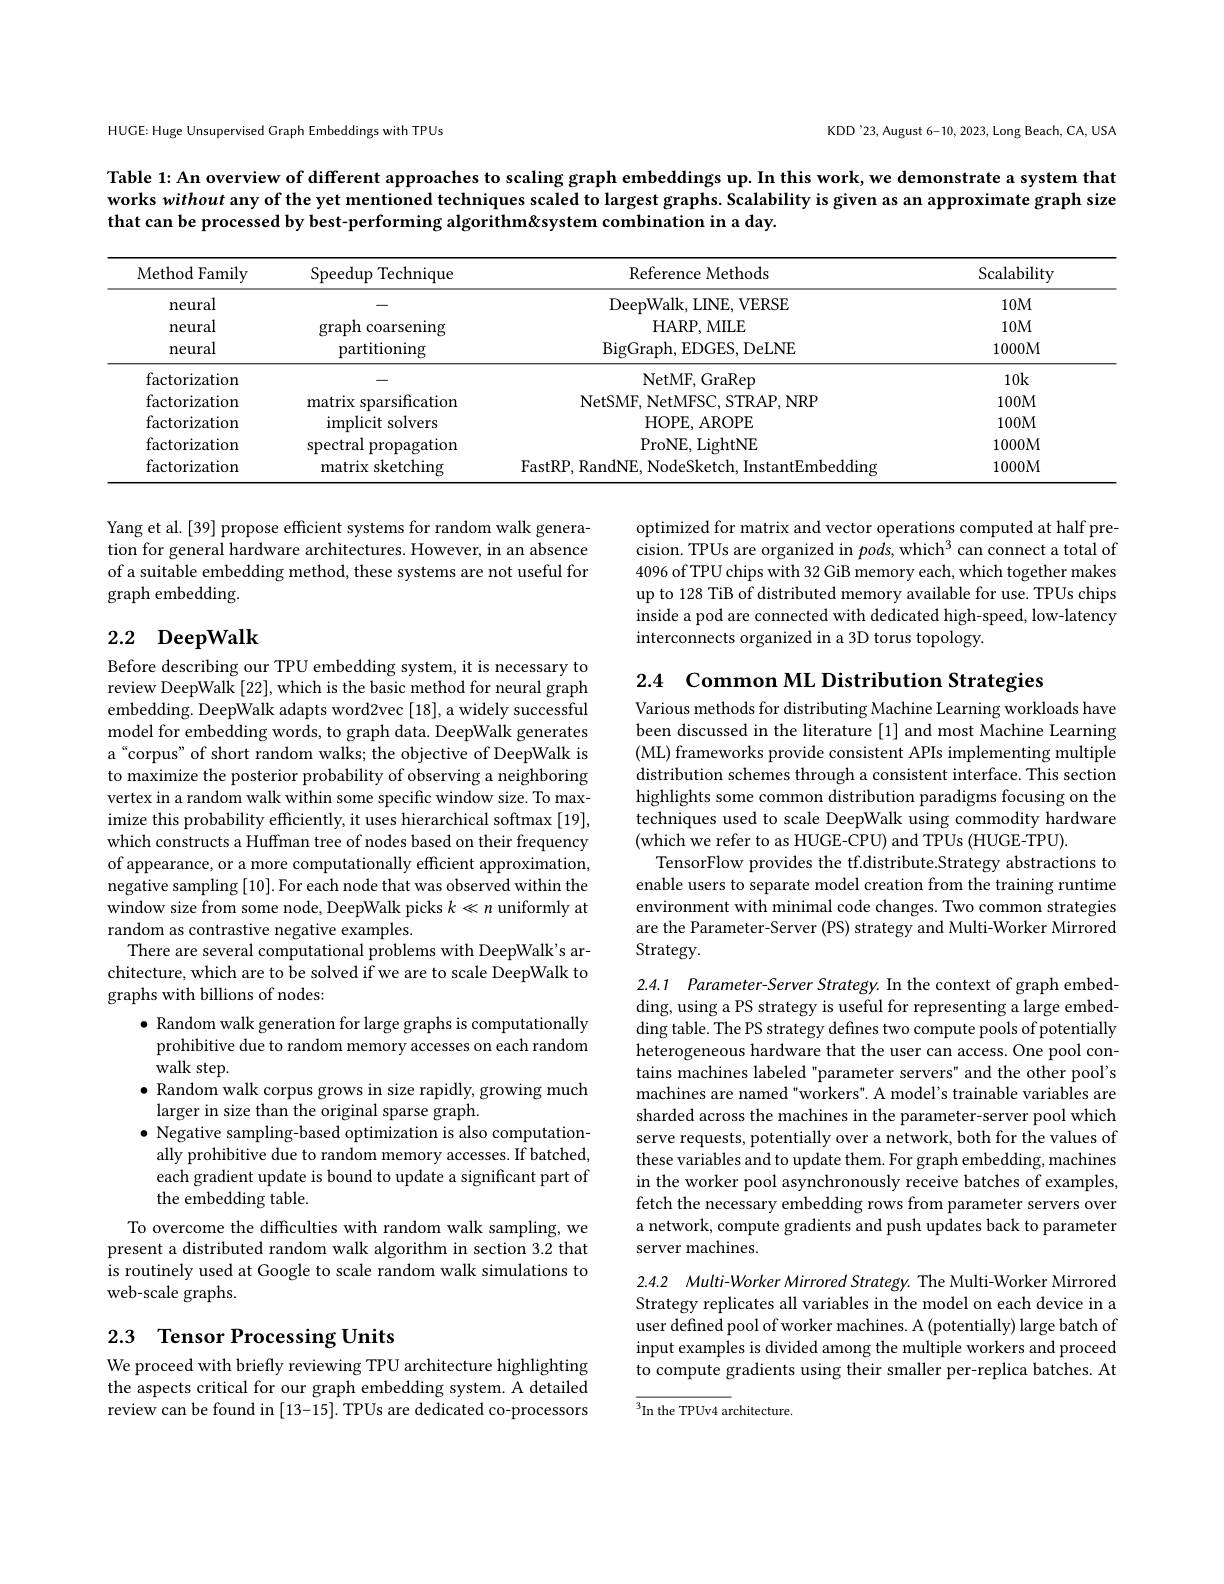
KDD'23, August 6-10, 2023, Long Beach, CA, USA

HUGE: Huge Unsupervised Graph Embeddings with TPUs

Table 1: An overview of different approaches to scaling graph embeddings up. In this work, we demonstrate a system that works without any of the yet mentioned techniques scaled to largest graphs. Scalability is given as an approximate graph size that can be processed by best-performing algorithm&system combination in a day.

<table>
	<tbody>
		<tr>
			<th>Method Family</th>
			<th>Speedup Technique</th>
			<th>Reference Methods</th>
			<th>Scalability</th>
		</tr>
		<tr>
			<td>neural</td>
			<td> </td>
			<td>DeepWalk, I LINE, VERSE</td>
			<td>$10M$</td>
		</tr>
		<tr>
			<td>neural</td>
			<td>graph coarsening</td>
			<td>HARP, MILE</td>
			<td>$10M$</td>
		</tr>
		<tr>
			<td>neural</td>
			<td>partitioning</td>
			<td>$\operatorname{BigGraph,EDGES,DeLNE}$</td>
			<td>1000M</td>
		</tr>
		<tr>
			<td>factorization</td>
			<td> </td>
			<td>NetMF, GraRep</td>
			<td>10k</td>
		</tr>
		<tr>
			<td>factorization</td>
			<td>matrix sparsification</td>
			<td>NetSMH NetMFSC STRAP.NRP</td>
			<td>$100M$</td>
		</tr>
		<tr>
			<td>factorization</td>
			<td>implicit solvers</td>
			<td>HOPE, AROPE</td>
			<td>$100M$</td>
		</tr>
		<tr>
			<td>factorization</td>
			<td>spectral propagation</td>
			<td>ProNE, LightNE</td>
			<td>1000M</td>
		</tr>
		<tr>
			<td>factorization</td>
			<td>matrix sketching</td>
			<td>FastRP RandNF InstantEmbedding</td>
			<td>$1000M$</td>
		</tr>
	</tbody>
</table>

Yang et al. [39] propose efficient systems for random walk generation for general hardware architectures. However, in an absence of a suitable embedding method, these systems are not useful for graph embedding.

optimized for matrix and vector operations computed at half precision. TPUs are organized in pods, which$^3$ can connect a total of 4096 of TPU chips with 32 GiB memory each, which together makes up to 128 TiB of distributed memory available for use. TPUs chips inside a pod are connected with dedicated high-speed, low-latency interconnects organized in a 3D torus topology.

# 2.2 DeepWalk

2.4 Common ML Distribution Strategies

Various methods for distributing Machine Learning workloads have been discussed in the literature[1] and most Machine Learning (ML) frameworks provide consistent APIs implementing multiple distribution schemes through a consistent interface. This section highlights some common distribution paradigms focusing on the techniques used to scale DeepWalk using commodity hardware (which we refer to as HUGE-CPU) and TPUs (HUGE-TPU).
TensorFlow provides the tf.distribute.Strategy abstractions to enable users to separate model creation from the training runtime environment with minimal code changes. Two common strategies are the Parameter-Server (PS) strategy and Multi-Worker Mirrored Strategy.

Before describing our TPU embedding system, it is necessary to review DeepWalk [22], which is the basic method for neural graph embedding. DeepWalk adapts word2vec [18], a widely successful model for embedding words, to graph data. DeepWalk generates a “corpus” of short random walks; the objective of DeepWalk is to maximize the posterior probability of observing a neighboring vertex in a random walk within some specific window size. To maximize this probability efficiently, it uses hierarchical softmax [19], which constructs a Huffman tree of nodes based on their frequency of appearance, or a more computationally efficient approximation, negative sampling [10]. For each node that was observed within the window size from some node, DeepWalk picks $k\ll n$ uniformly at random as contrastive negative examples.
There are several computational problems with DeepWalk's architecture, which are to be solved if we are to scale DeepWalk to graphs with billions of nodes:
$\bullet$ Random walk generation for large graphs is computationally prohibitive due to random memory accesses on each random $\overset{1}{\operatorname*{\text{walk step.}}}$
$\bullet$ Random walk corpus grows in size rapidly, growing much
larger in size than the original sparse graph.
$\bullet$ Negative sampling-based optimization is also computationally prohibitive due to random memory accesses. If batched, each gradient update is bound to update a significant part of the embedding table.
To overcome the difficulties with random walk sampling, we present a distributed random walk algorithm in section 3.2 that is routinely used at Google to scale random walk simulations to web-scale graphs.

2.4.1 Parameter-Server Strategy. In the context of graph embedding, using a PS strategy is useful for representing a large embedding table. The PS strategy defines two compute pools of potentially heterogeneous hardware that the user can access. One pool contains machines labeled "parameter servers" and the other pool's machines are named "workers". A model's trainable variables are sharded across the machines in the parameter-server pool which serve requests, potentially over a network, both for the values of these variables and to update them. For graph embedding, machines in the worker pool asynchronously receive batches of examples, fetch the necessary embedding rows from parameter servers over a network, compute gradients and push updates back to parameter server machines.

2.4.2 Multi-Worker Mirrored Strategy. The Multi-Worker Mirrored Strategy replicates all variables in the model on each device in a user defined pool of worker machines. A (potentially) large batch of input examples is divided among the multiple workers and proceed to compute gradients using their smaller per-replica batches. At

## 2.3 Tensor Processing Units

We proceed with briefly reviewing TPU architecture highlighting the aspects critical for our graph embedding system. A detailed review can be found in [13-15]. TPUs are dedicated co-processors

${\overline{^3}\text{In the TPUv4 ar}}$chitecture.